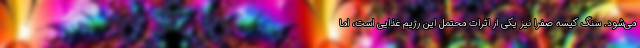
می‌شود. سنگ کیسه صفرا نیز یکی از اثرات محتمل این رژیم غذایی است، اما